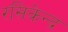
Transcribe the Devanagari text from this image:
रसिकेन्द्र